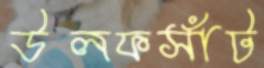
উলফসাঁট